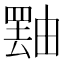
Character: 𪽝